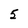
Character: 5